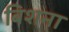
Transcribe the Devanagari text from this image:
बिशना